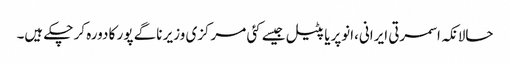
حالانکہ اسمرتی ایرانی،انوپریا پٹیل جیسے کئی مرکزی وزیر ناگے پور کا دورہ کر چکے ہیں۔